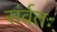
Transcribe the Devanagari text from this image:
संर्वतः